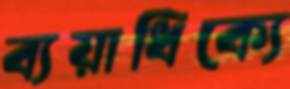
ব্যয়াধিক্যে